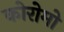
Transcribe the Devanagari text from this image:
कोरोमो